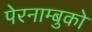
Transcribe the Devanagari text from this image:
पेरनाम्बुको